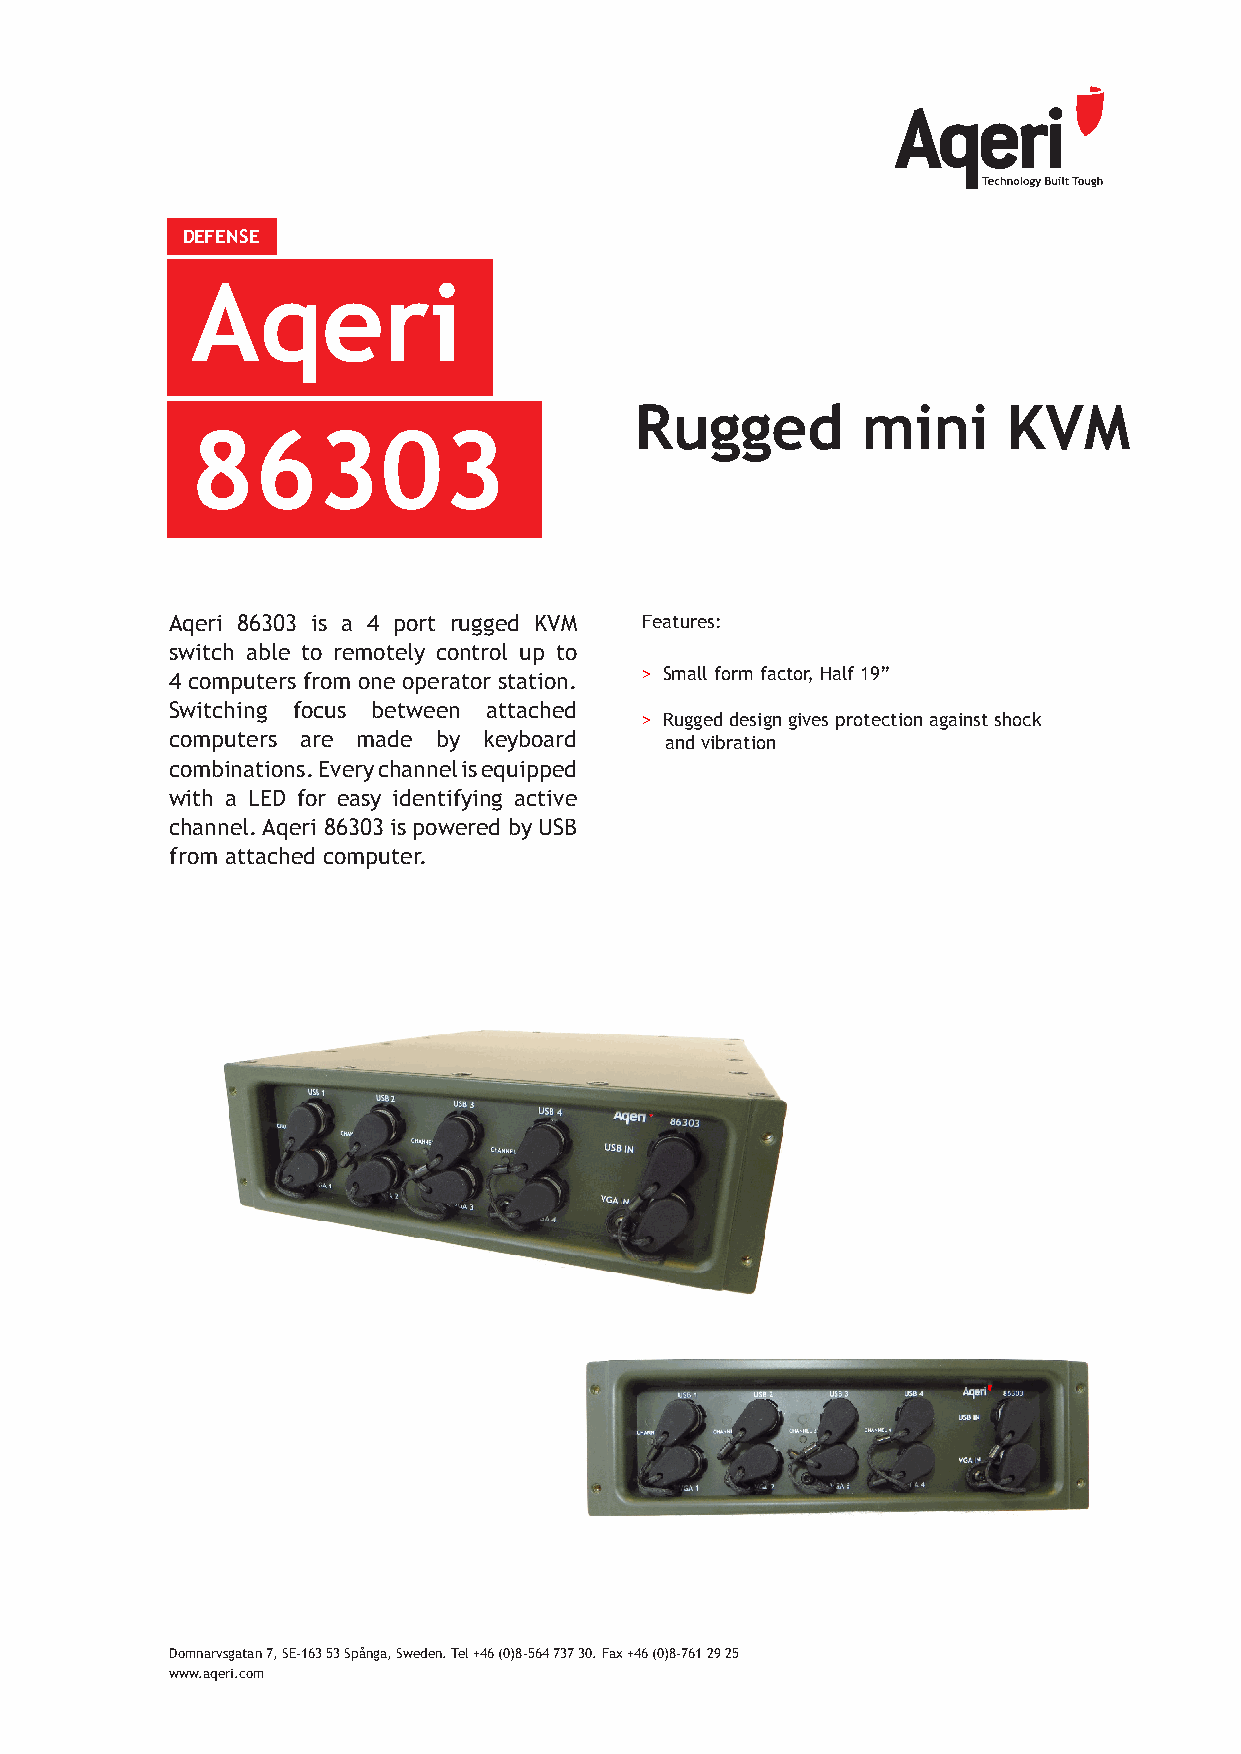
DEFENSE
 Aqeri
 Rugged         mini      KVM
 86303
 Aqeri 86303 is a 4 port rugged KVM Features:
 switch able to remotely control up to
 4 computers from one operator station. > Small form factor, Half 19”
 Switching focus between attached
 > Rugged design gives protection against shock
 computers are made by keyboard   and vibration
 combinations. Every channel is equipped
 with a LED for easy identifying active
 channel. Aqeri 86303 is powered by USB
 from attached computer.
 Domnarvsgatan 7, SE-163 53 Spånga, Sweden. Tel +46 (0)8-564 737 30. Fax +46 (0)8-761 29 25
 www.aqeri.com